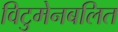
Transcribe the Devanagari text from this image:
विटुमेनबलित